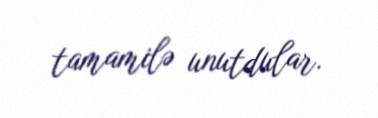
tamamilə unutdular.